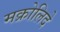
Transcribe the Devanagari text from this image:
मक्रोलिदे